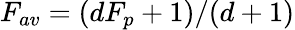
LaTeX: F_{av}=(dF_{p}+1)/(d+1)